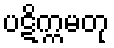
ပဋိက္ကမတု